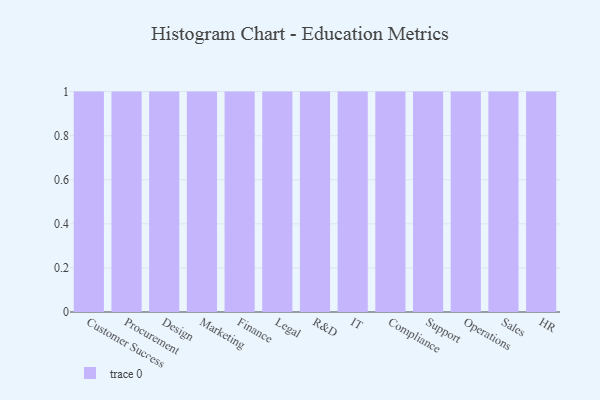
{"axis": {"x": "Department", "y": "Demand Index"}, "legend": [""], "data": [{"x": "Customer Success", "y": 80, "type": ""}, {"x": "Procurement", "y": 74, "type": ""}, {"x": "Design", "y": 84, "type": ""}, {"x": "Marketing", "y": 57, "type": ""}, {"x": "Finance", "y": 55, "type": ""}, {"x": "Legal", "y": 97, "type": ""}, {"x": "R&D", "y": 59, "type": ""}, {"x": "IT", "y": 30, "type": ""}, {"x": "Compliance", "y": 26, "type": ""}, {"x": "Support", "y": 12, "type": ""}, {"x": "Operations", "y": 93, "type": ""}, {"x": "Sales", "y": 78, "type": ""}, {"x": "HR", "y": 87, "type": ""}]}